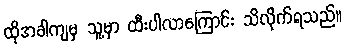
ထိုအခါကျမှ သူ့မှာ ထီးပါလာကြောင်း သိလိုက်ရသည်။